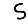
Digit: 5